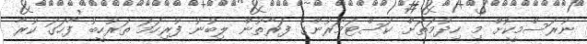
ނުރަސްމީކޮށް މި ހިދުމަތަށް ކަސްޓަމަރުންގެ ފަރާތުން ލިބުނު ފުރިހަމަ ތަރުހީބު ފާހަގަ ކުރާ